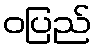
ဝပြည်